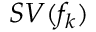
S V ( f _ { k } )